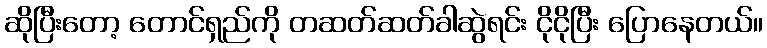
ဆိုပြီးတော့ တောင်ရှည်ကို တဆတ်ဆတ်ခါဆွဲရင်း ငိုငိုပြီး ပြောနေတယ်။